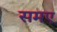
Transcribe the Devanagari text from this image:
समए